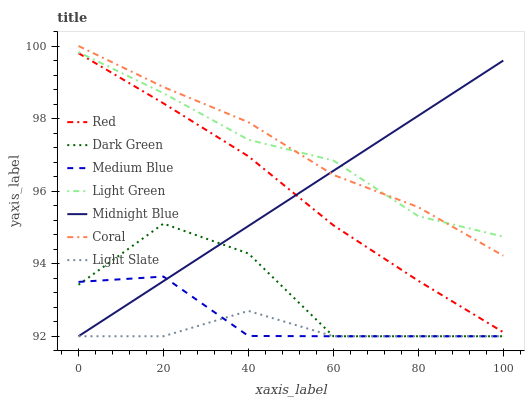
| xaxis_label | Red | Dark Green | Medium Blue | Light Green | Midnight Blue | Coral | Light Slate |
 | --- | --- | --- | --- | --- | --- | --- | --- |
 | 0 | 99.8 | 93.4 | 93.5 | 99.8 | 92 | 100 | 92 |
 | 20 | 98.4 | 95.1 | 93.6 | 98.7 | 93.5 | 98.9 | 92 |
 | 40 | 97 | 94.3 | 92 | 97.4 | 95 | 97.9 | 92.7 |
 | 60 | 95.1 | 92 | 92 | 96.8 | 96.6 | 96.4 | 92 |
 | 80 | 93.5 | 92 | 92 | 95.3 | 98.1 | 95.6 | 92 |
 | 100 | 92.1 | 92 | 92 | 94.7 | 99.6 | 94.2 | 92 |